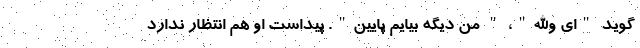
گوید "ای والله"، " من دیگه بیایم پایین". پیداست او هم انتظار ندارد